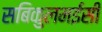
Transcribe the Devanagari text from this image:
सबिकुलमईसी